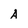
Character: A